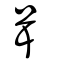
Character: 咠